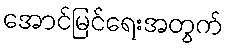
အောင်မြင်ရေးအတွက်